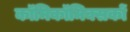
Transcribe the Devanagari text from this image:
काॅमिकॉमिक्सकों